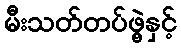
မီးသတ်တပ်ဖွဲ့နှင့်